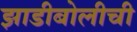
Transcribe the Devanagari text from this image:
झाडीबोलीची